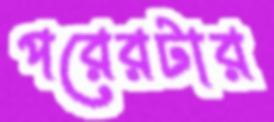
পরেরটার